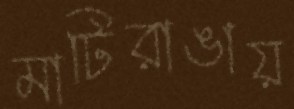
মাটিরাঙায়